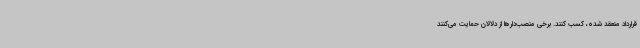
قرارداد منعقد شده، کسب کنند. برخی منصب‌دارها از دلالان حمایت می‌کنند